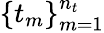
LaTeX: \{ t_{m}\} _{m=1}^{n_{t}}